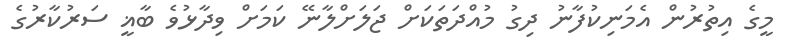
މީގެ އިތުރުން އެމަނިކުފާނު ދިގު މުއްދަތަކަށް ޖަލަށްލާނޭ ކަމަށް ވިދާޅުވެ ބާޣީ ސަރުކާރުގެ